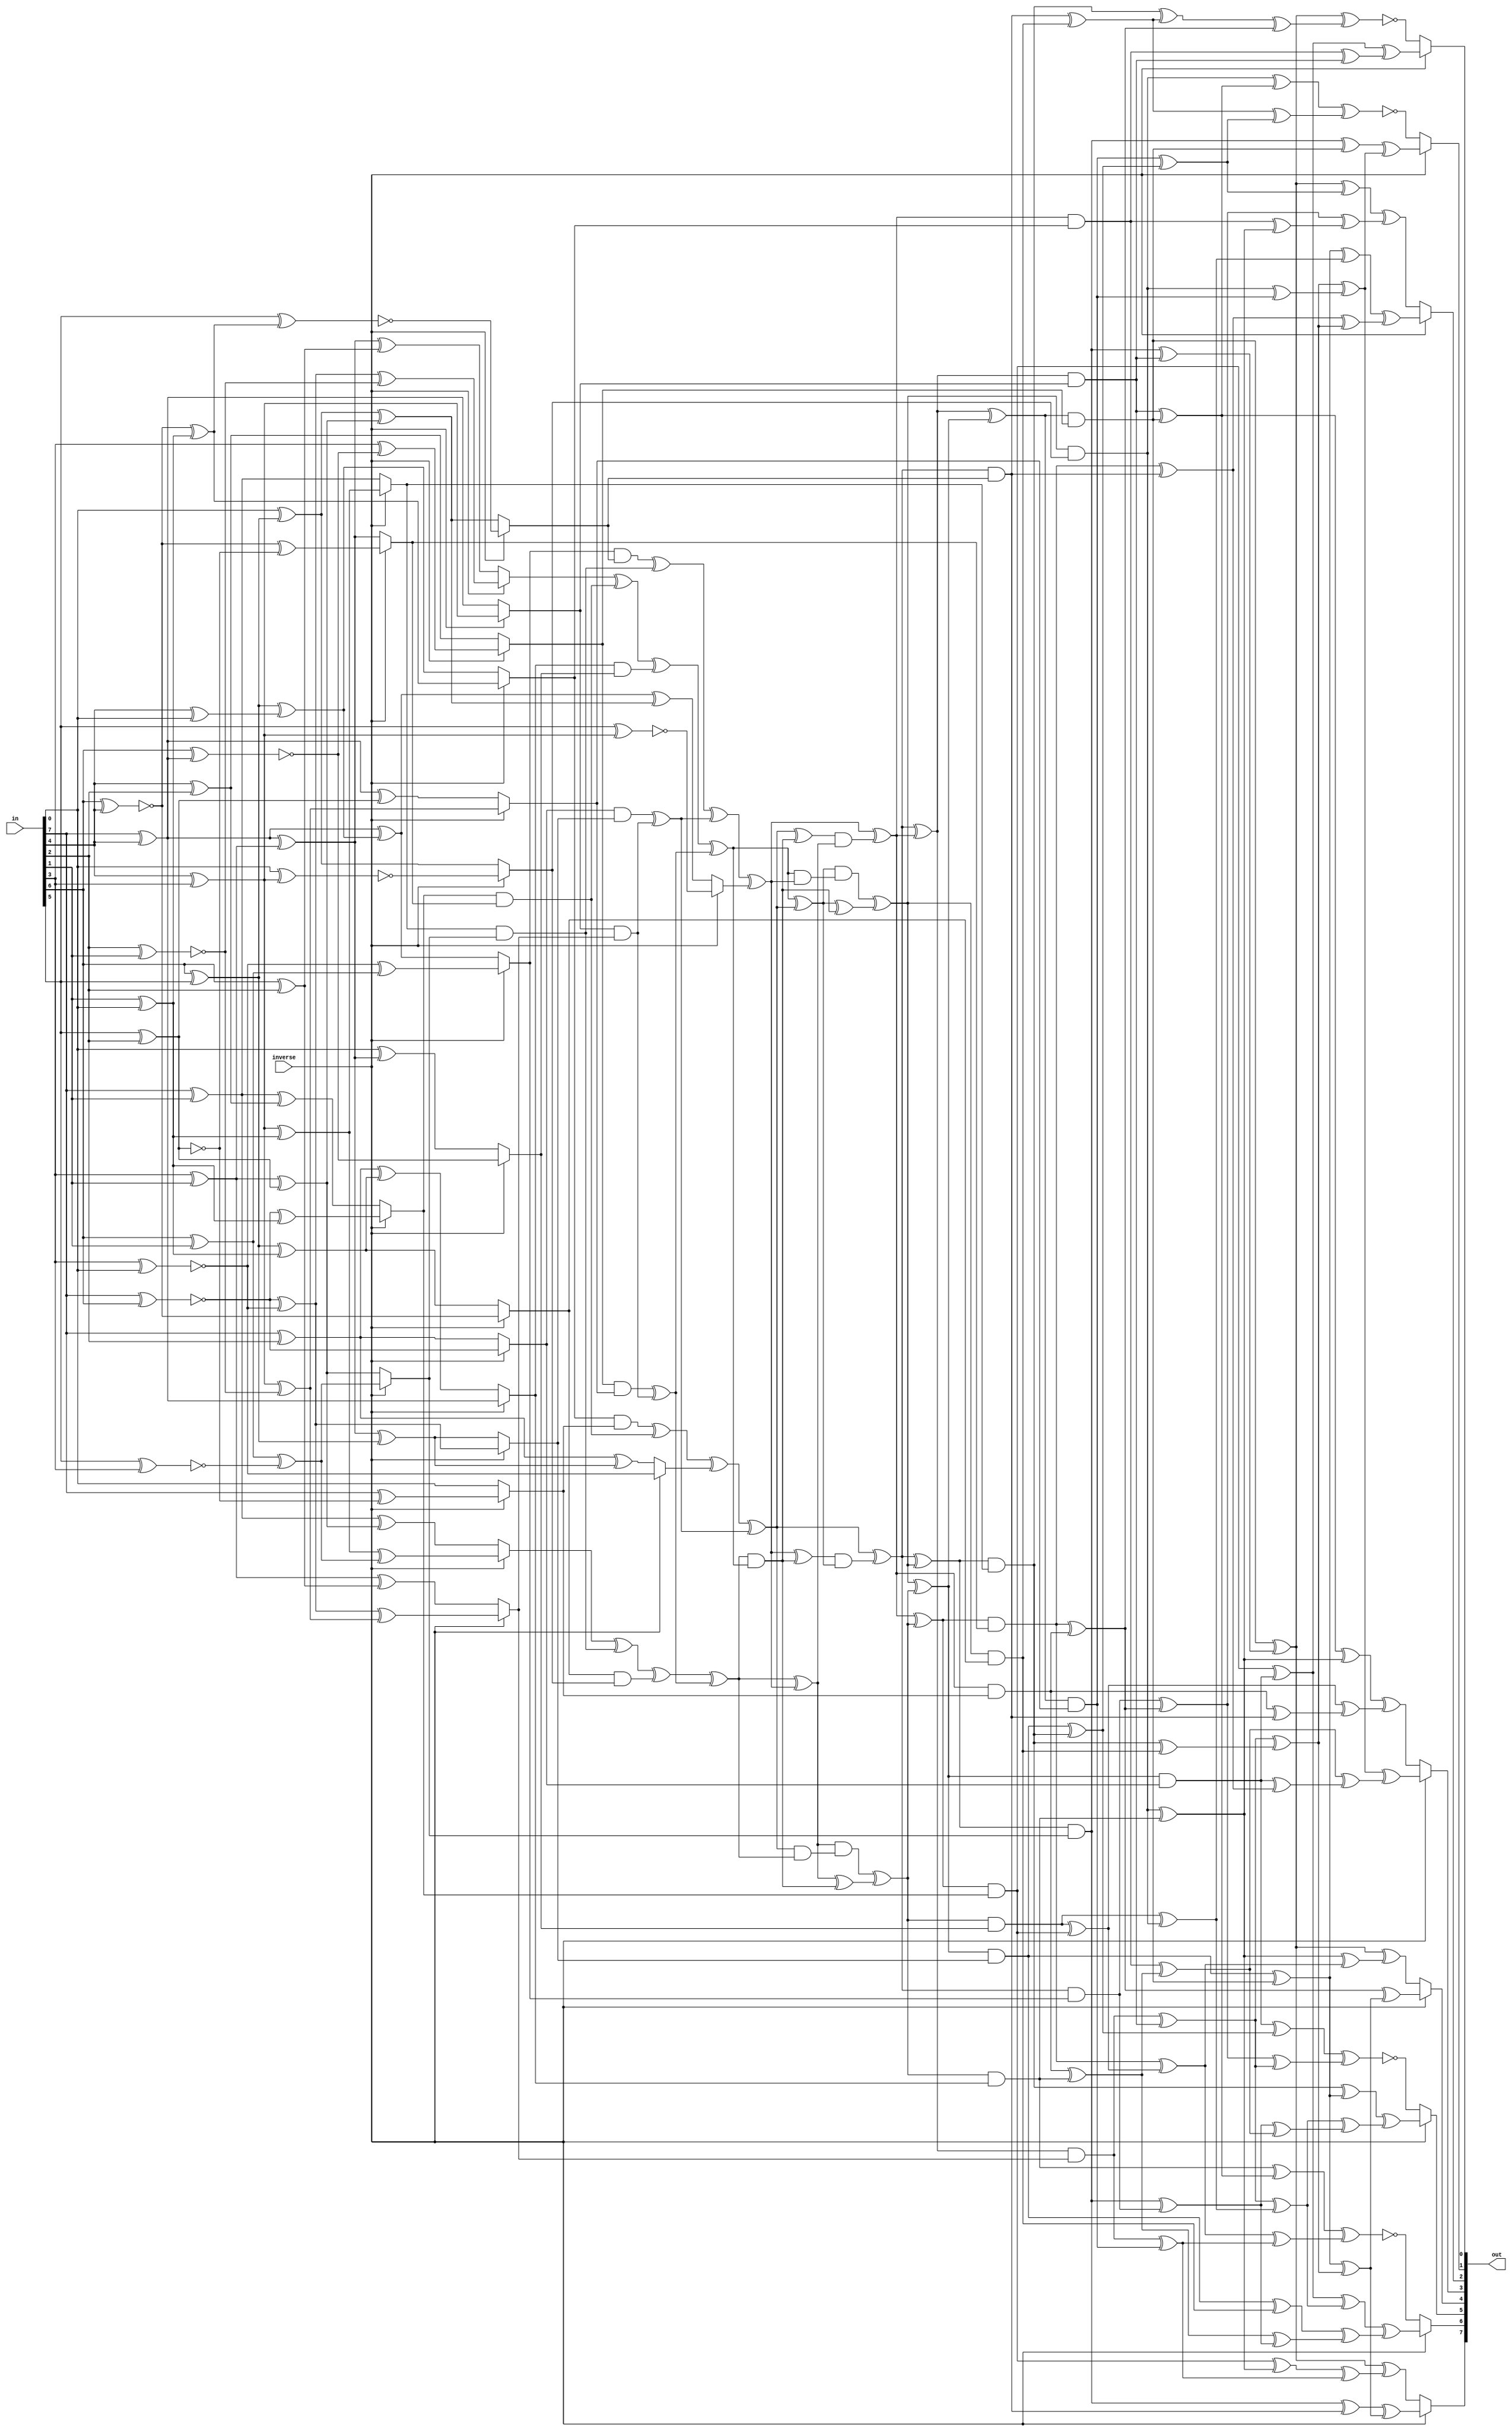
module sbox_bp_umsk(
    input [7:0] in,
    output [7:0] out,
    input inverse
);

wire [7:0] u;

// reverse endianess
assign u[0] = in[7];
assign u[1] = in[6];
assign u[2] = in[5];
assign u[3] = in[4];
assign u[4] = in[3];
assign u[5] = in[2];
assign u[6] = in[1];
assign u[7] = in[0];

// Top linear transform forward
wire t1f = u[0] ^ u[3];
wire t2f = u[0] ^ u[5];
wire t3f = u[0] ^ u[6];
wire t4f = u[3] ^ u[5];
wire t5f = u[4] ^ u[6];
wire t6f = t1f ^ t5f;
wire t7f = u[1] ^ u[2];

wire t8f = u[7] ^ t6f;
wire t9f = u[7] ^ t7f;
wire t10f = t6f ^ t7f;
wire t11f = u[1] ^ u[5];
wire t12f = u[2] ^ u[5];
wire t13f = t3f ^ t4f;
wire t14f = t6f ^ t11f;

wire t15f = t5f ^ t11f;
wire t16f = t5f ^ t12f;
wire t17f = t9f ^ t16f;
wire t18f = u[3] ^ u[7];
wire t19f = t7f ^ t18f;
wire t20f = t1f ^ t19f;
wire t21f = u[6] ^ u[7];

wire t22f = t7f ^ t21f;
wire t23f = t2f ^ t22f;
wire t24f = t2f ^ t10f;
wire t25f = t20f ^ t17f;
wire t26f = t3f ^ t16f;
wire t27f = t1f ^ t12f;

// Top linear transform backward
wire t23b = u[0] ^ u[3];
wire t22b = ~(u[1] ^ u[3]);
wire t2b = ~(u[0] ^ u[1]);
wire t1b = u[3] ^ u[4];
wire t24b = ~(u[4] ^ u[7]);
wire r5 = u[6] ^ u[7];
wire t8b = ~(u[1] ^ t23b);

wire t19b = t22b ^ r5;
wire t9b = ~(u[7] ^ t1b);
wire t10b = t2b ^ t24b;
wire t13b = t2b ^ r5;
wire t3b = t1b ^ r5;
wire t25b = ~(u[2] ^ t1b);
wire r13 = u[1] ^ u[6];

wire t17b = ~(u[2] ^ t19b);
wire t20b = t24b ^ r13;
wire t4b = u[4] ^ t8b;
wire r17 = ~(u[2] ^ u[5]);
wire r18 = ~(u[5] ^ u[6]);
wire r19 = ~(u[2] ^ u[4]);
wire y5 = u[0] ^ r17;

wire t6b = t22b ^ r17;
wire t16b = r13 ^ r19;
wire t27b = t1b ^ r18;
wire t15b = t10b ^ t27b;
wire t14b = t10b ^ r18;
wire t26b = t3b ^ t16b;

// Top lineaar transform muxest1 = inverse ? t1b : t1f
wire t1 = inverse ? t1b : t1f;
wire t2 = inverse ? t2b : t2f;
wire t3 = inverse ? t3b : t3f;
wire t4 = inverse ? t4b : t4f;
wire t6 = inverse ? t6b : t6f;
wire t8 = inverse ? t8b : t8f;
wire t9 = inverse ? t9b : t9f;
wire t10 = inverse ? t10b : t10f;
wire t13 = inverse ? t13b : t13f;
wire t14 = inverse ? t14b : t14f;
wire t15 = inverse ? t15b : t15f;
wire t16 = inverse ? t16b : t16f;
wire t17 = inverse ? t17b : t17f;
wire t19 = inverse ? t19b : t19f;
wire t20 = inverse ? t20b : t20f;
wire t22 = inverse ? t22b : t22f;
wire t23 = inverse ? t23b : t23f;
wire t24 = inverse ? t24b : t24f;
wire t25 = inverse ? t25b : t25f;
wire t26 = inverse ? t26b : t26f;
wire t27 = inverse ? t27b : t27f;

// Shared part
wire d = inverse ? y5 : u[7];

wire m1 = t13 & t6;
wire m2 = t23 & t8;
wire m3 = t14 ^ m1;
wire m4 = t19 & d;
wire m5 = m4 ^ m1;
wire m6 = t3 & t16;
wire m7 = t22 & t9;
wire m8 = t26 ^ m6;
wire m9 = t20 & t17;
wire m10 = m9 ^ m6;
wire m11 = t1 & t15;
wire m12 = t4 & t27;
wire m13 = m12 ^ m11; 
wire m14 = t2 & t10;
wire m15 = m14 ^ m11;
wire m16 = m3 ^ m2;

wire m17 = m5 ^ t24;
wire m18 = m8 ^ m7;
wire m19 = m10 ^ m15;
wire m20 = m16 ^ m13;
wire m21 = m17 ^ m15;
wire m22 = m18 ^ m13;
wire m23 = m19 ^ t25;
wire m24 = m22 ^ m23;
wire m25 = m22 & m20;
wire m26 = m21 ^ m25;
wire m27 = m20 ^ m21;
wire m28 = m23 ^ m25;
wire m29 = m28 & m27;
wire m30 = m26 & m24;
wire m31 = m20 & m23;
wire m32 = m27 & m31;

wire m33 = m27 ^ m25; 
wire m34 = m21 & m22;
wire m35 = m24 & m34;
wire m36 = m24 ^ m25;
wire m37 = m21 ^ m29;
wire m38 = m32 ^ m33;
wire m39 = m23 ^ m30;
wire m40 = m35 ^ m36;
wire m41 = m38 ^ m40;
wire m42 = m37 ^ m39;
wire m43 = m37 ^ m38;
wire m44 = m39 ^ m40;
wire m45 = m42 ^ m41;
wire m46 = m44 & t6;
wire m47 = m40 & t8;
wire m48 = m39 & d; 

wire m49 = m43 & t16; 
wire m50 = m38 & t9;
wire m51 = m37 & t17;
wire m52 = m42 & t15;
wire m53 = m45 & t27;
wire m54 = m41 & t10;
wire m55 = m44 & t13;
wire m56 = m40 & t23;
wire m57 = m39 & t19;
wire m58 = m43 & t3;
wire m59 = m38 & t22;
wire m60 = m37 & t20;
wire m61 = m42 & t1;
wire m62 = m45 & t4;
wire m63 = m41 & t2;

// Bottom linear transform forward
wire l0 = m61 ^ m62;
wire l1 = m50 ^ m56;
wire l2 = m46 ^ m48;
wire l3 = m47 ^ m55;
wire l4 = m54 ^ m58;
wire l5 = m49 ^ m61;
wire l6 = m62 ^ l5;
wire l7 = m46 ^ l3;
wire l8 = m51 ^ m59;
wire l9 = m52 ^ m53;

wire l10 = m53 ^ l4;
wire l11 = m60 ^ l2;
wire l12 = m48 ^ m51;
wire l13 = m50 ^ l0;
wire l14 = m52 ^ m61;
wire l15 = m55 ^ l1;
wire l16 = m56 ^ l0;
wire l17 = m57 ^ l1;
wire l18 = m58 ^ l8;
wire l19 = m63 ^ l4;

wire l20 = l0 ^ l1;
wire l21 = l1 ^ l7;
wire l22 = l3 ^ l12;
wire l23 = l18 ^ l2;
wire l24 = l15 ^ l9;
wire l25 = l6 ^ l10;
wire l26 = l7 ^ l9;
wire l27 = l8 ^ l10;
wire l28 = l11 ^ l14;
wire l29 = l11 ^ l17;

wire s0 = l6 ^ l24;
wire s1 = ~(l16 ^ l26); 
wire s2 = ~(l19 ^ l28);
wire s3 = l6 ^ l21;
wire s4 = l20 ^ l22;
wire s5 = l25 ^ l29;
wire s6 = ~(l13 ^ l27);
wire s7 = ~(l6 ^ l23);

// Bottom linear transfrom backward
wire p0 = m52 ^ m61;
wire p1 = m58 ^ m59;
wire p2 = m54 ^ m62;
wire p3 = m47 ^ m50;
wire p4 = m48 ^ m56;
wire p5 = m46 ^ m51;
wire p6 = m49 ^ m60;
wire p7 = p0 ^ p1;
wire p8 = m50 ^ m53;
wire p9 = m55 ^ m63;

wire p10 = m57 ^ p4;
wire p11 = p0 ^ p3;
wire p12 = m46 ^ m48;
wire p13 = m49 ^ m51;
wire p14 = m49 ^ m62;
wire p15 = m54 ^ m59;
wire p16 = m57 ^ m61;
wire p17 = m58 ^ p2;
wire p18 = m63 ^ p5;
wire p19 = p2 ^ p3;

wire p20 = p4 ^ p6;
wire p22 = p2 ^ p7;
wire p23 = p7 ^ p8;
wire p24 = p5 ^ p7;
wire p25 = p6 ^ p10;
wire p26 = p9 ^ p11;
wire p27 = p10 ^ p18;
wire p28 = p11 ^ p25;
wire p29 = p15 ^ p20;

wire w0 = p13 ^ p22;
wire w1 = p26 ^ p29;
wire w2 = p17 ^ p28;
wire w3 = p12 ^ p22;
wire w4 = p23 ^ p27;
wire w5 = p19 ^ p24;
wire w6 = p14 ^ p23;
wire w7 = p9 ^ p16;

// Output muxes

assign out[7] = inverse ? w0 : s0;
assign out[6] = inverse ? w1 : s1;
assign out[5] = inverse ? w2 : s2;
assign out[4] = inverse ? w3 : s3;
assign out[3] = inverse ? w4 : s4;
assign out[2] = inverse ? w5 : s5;
assign out[1] = inverse ? w6 : s6;
assign out[0] = inverse ? w7 : s7;


endmodule